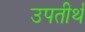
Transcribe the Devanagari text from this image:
उपतीर्थ